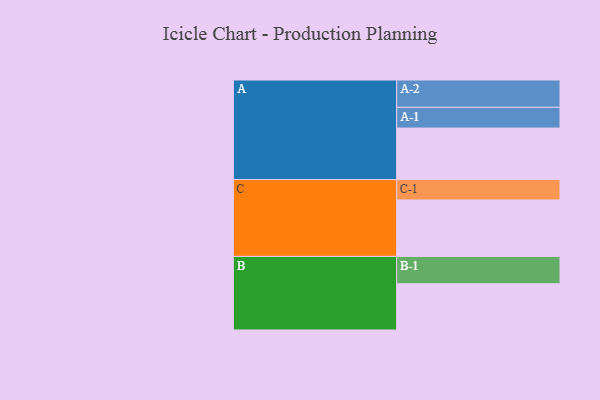
{"axis": {"x": "Segment", "y": "Value"}, "legend": ["", "A", "B", "C"], "data": [{"x": "A", "y": 523, "type": ""}, {"x": "B", "y": 470, "type": ""}, {"x": "C", "y": 574, "type": ""}, {"x": "A-1", "y": 211, "type": "A"}, {"x": "A-2", "y": 278, "type": "A"}, {"x": "B-1", "y": 278, "type": "B"}, {"x": "C-1", "y": 208, "type": "C"}]}